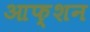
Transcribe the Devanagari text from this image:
आफ्शन